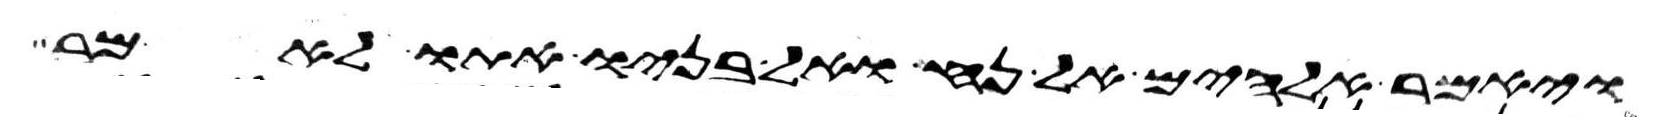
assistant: ויאמר אלהים אל נח ואל בניו אתו לאמר